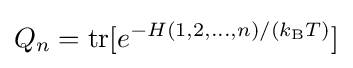
Q_{n}=\operatorname {tr} [e^{-H(1,2,\ldots ,n)/(k_{\text{B}}T)}]